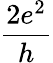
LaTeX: \frac{2e^{2}}{h}